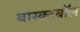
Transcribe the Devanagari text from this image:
बास्क्टबॉल